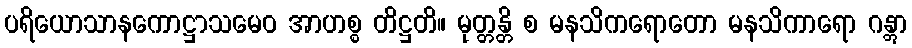
ပရိယောသာနကောဋ္ဌာသမေဝ အာဟစ္စ တိဋ္ဌတိ။ မုတ္တန္တိ စ မနသိကရောတော မနသိကာရော ဂန္တွာ